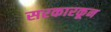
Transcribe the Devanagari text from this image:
सरकारकून